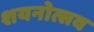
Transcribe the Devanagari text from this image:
शयनोत्सव